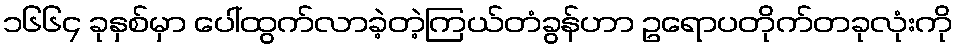
၁၆၆၄ ခုနှစ်မှာ ပေါ်ထွက်လာခဲ့တဲ့ကြယ်တံခွန်ဟာ ဥရောပတိုက်တခုလုံးကို